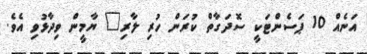
އަނެއް 10 ޕަސެންޓަކީ ސޮދަގާތް ކުރަން ހުރި ލާރި" ޔާމީން ވިދާޅުވި އެވެ.